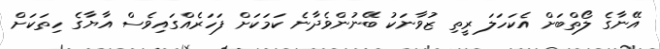
އޭނާގެ ލޯތްބަށް އެކަހަލަ ރީތި ޒުވާނަކު ބޭނުންވެދާނެ ކަމަކަށް ފަހަރެއްގައިވެސް އާޔާގެ ހިތަކަށް